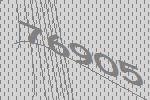
76905